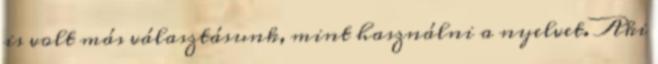
is volt más választásunk, mint használni a nyelvet. Aki